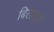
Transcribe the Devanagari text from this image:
बिलातले